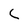
Character: C